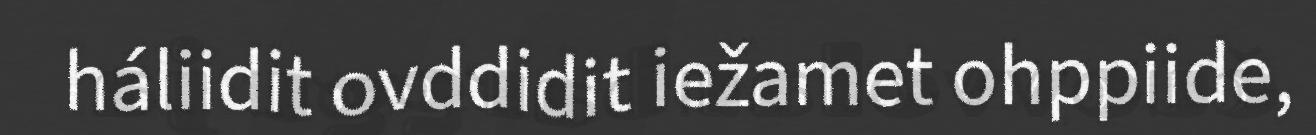
háliidit ovddidit iežamet ohppiide,